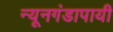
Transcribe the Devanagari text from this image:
न्यूनगंडापायी